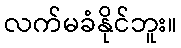
လက်မခံနိုင်ဘူး။